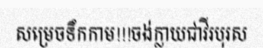
សម្រេចទឹកកាម!!!ចង់ក្លាយជាវីរបុរស